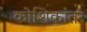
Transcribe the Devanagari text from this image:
कोशिकांतर